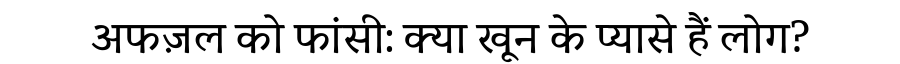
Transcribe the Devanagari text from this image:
अफज़ल को फांसी: क्या खून के प्यासे हैं लोग?